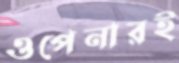
ওপেনারই